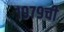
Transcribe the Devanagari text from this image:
१९७९ची